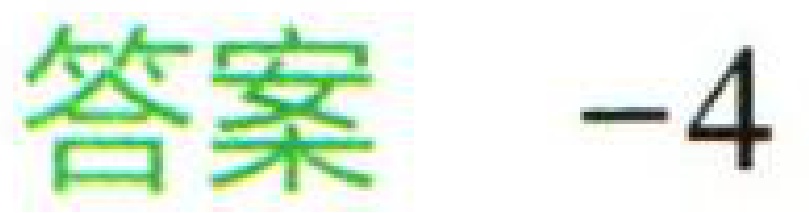
答案 -4